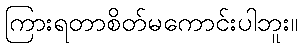
ကြားရတာစိတ်မကောင်းပါဘူး။